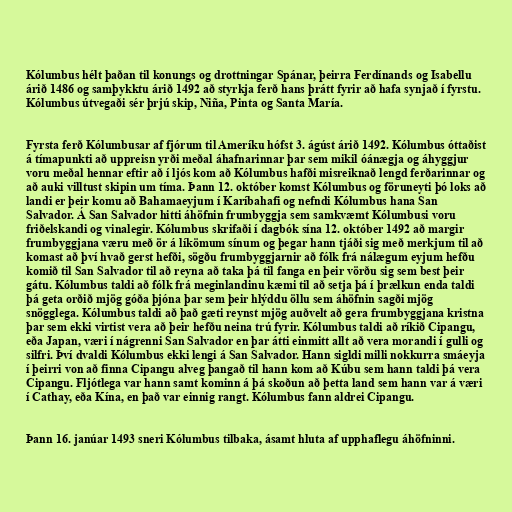
Kólumbus hélt þaðan til konungs og drottningar Spánar, þeirra Ferdínands og Isabellu
árið 1486 og samþykktu árið 1492 að styrkja ferð hans þrátt fyrir að hafa synjað í fyrstu.
Kólumbus útvegaði sér þrjú skip, Niña, Pinta og Santa María.

Fyrsta ferð Kólumbusar af fjórum til Ameríku hófst 3. ágúst árið 1492. Kólumbus óttaðist
á tímapunkti að uppreisn yrði meðal áhafnarinnar þar sem mikil óánægja og áhyggjur
voru meðal hennar eftir að í ljós kom að Kólumbus hafði misreiknað lengd ferðarinnar og
að auki villtust skipin um tíma. Þann 12. október komst Kólumbus og föruneyti þó loks að
landi er þeir komu að Bahamaeyjum í Karíbahafi og nefndi Kólumbus hana San
Salvador. Á San Salvador hitti áhöfnin frumbyggja sem samkvæmt Kólumbusi voru
friðelskandi og vinalegir. Kólumbus skrifaði í dagbók sína 12. október 1492 að margir
frumbyggjana væru með ör á líkömum sínum og þegar hann tjáði sig með merkjum til að
komast að því hvað gerst hefði, sögðu frumbyggjarnir að fólk frá nálægum eyjum hefðu
komið til San Salvador til að reyna að taka þá til fanga en þeir vörðu sig sem best þeir
gátu. Kólumbus taldi að fólk frá meginlandinu kæmi til að setja þá í þrælkun enda taldi
þá geta orðið mjög góða þjóna þar sem þeir hlýddu öllu sem áhöfnin sagði mjög
snögglega. Kólumbus taldi að það gæti reynst mjög auðvelt að gera frumbyggjana kristna
þar sem ekki virtist vera að þeir hefðu neina trú fyrir. Kólumbus taldi að ríkið Cipangu,
eða Japan, væri í nágrenni San Salvador en þar átti einmitt allt að vera morandi í gulli og
silfri. Því dvaldi Kólumbus ekki lengi á San Salvador. Hann sigldi milli nokkurra smáeyja
í þeirri von að finna Cipangu alveg þangað til hann kom að Kúbu sem hann taldi þá vera
Cipangu. Fljótlega var hann samt kominn á þá skoðun að þetta land sem hann var á væri
í Cathay, eða Kína, en það var einnig rangt. Kólumbus fann aldrei Cipangu.

Þann 16. janúar 1493 sneri Kólumbus tilbaka, ásamt hluta af upphaflegu áhöfninni.